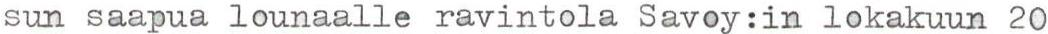
sun saapua lounaalle ravintola Savoy:in lokakuun 20